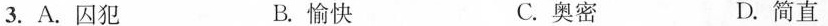
3.A.囚犯 B.愉快 C.奥密 D.简直